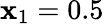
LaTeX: \mathbf{x}_{1}=0.5